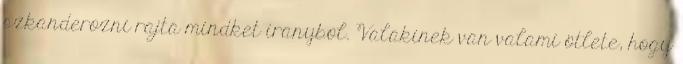
szkanderozni rajta mindket iranybol. Valakinek van valami ötlete, hogy